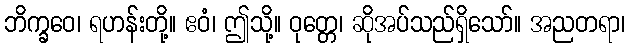
ဘိက္ခဝေ၊ ရဟန်းတို့။ ဧဝံ၊ ဤသို့။ ဝုတ္တေ၊ ဆိုအပ်သည်ရှိသော်။ အညတရာ၊